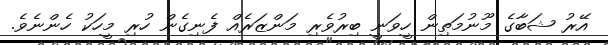
އޭރު ޝަބާގެ މޫނުމަތިން ހީވަނީ ބިރުވެރި މަންޒަރެއް ފެނިގެން ހުރި މީހަކު ހެންނެވެ.